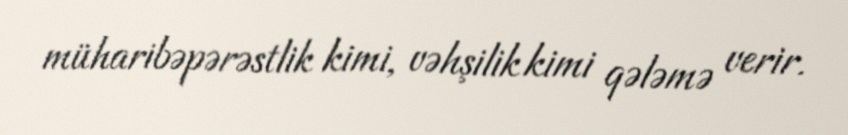
müharibəpərəstlik kimi, vəhşilik kimi qələmə verir.